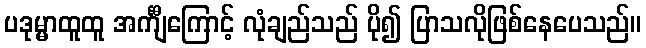
ပဒုမ္မာထူထူ အင်္ကျီကြောင့် လုံချည်သည် ပို၍ ပြာသလိုဖြစ်နေပေသည်။